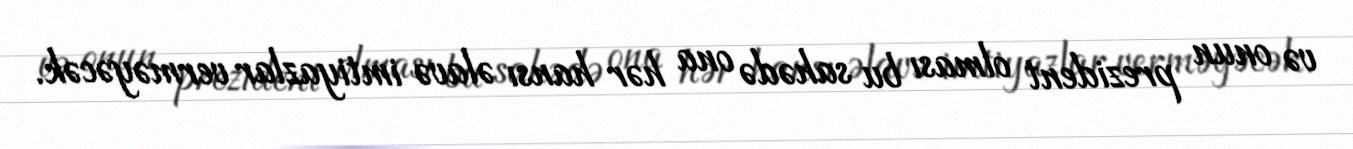
və onun prezident olması bu sahədə ona hər hansı əlavə imtiyazlar verməyəcək.